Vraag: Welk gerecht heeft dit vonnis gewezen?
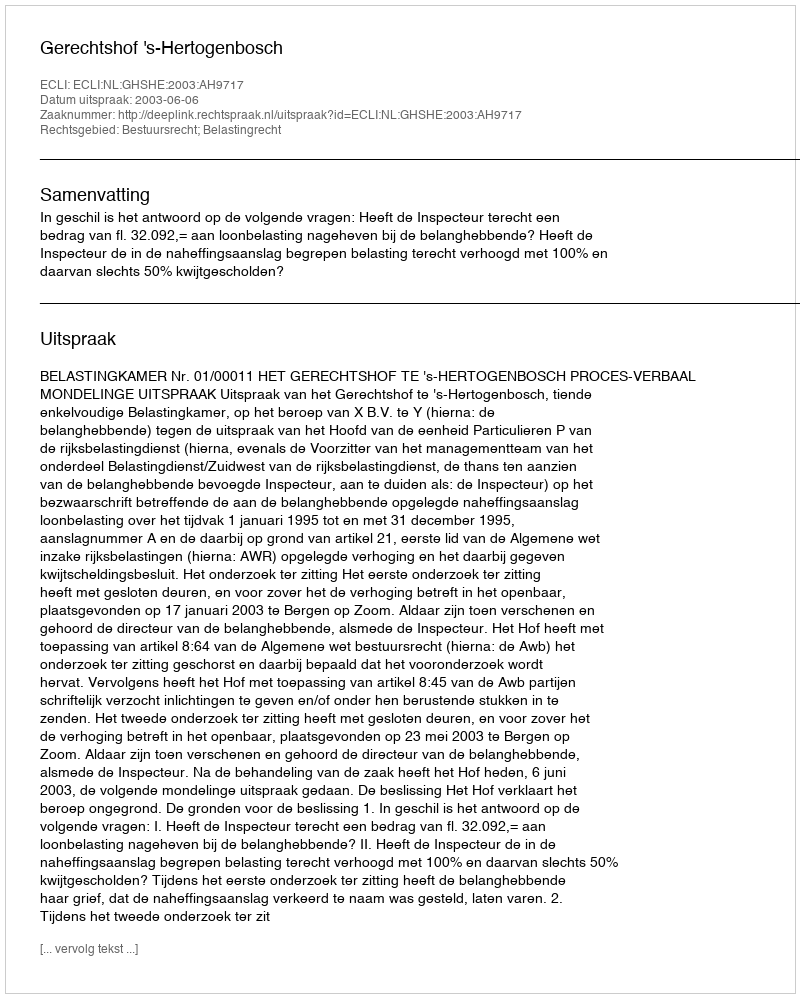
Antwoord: Gerechtshof 's-Hertogenbosch